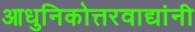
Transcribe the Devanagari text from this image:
आधुनिकोत्तरवाद्यांनी